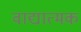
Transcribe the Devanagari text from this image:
वाद्यात्मक